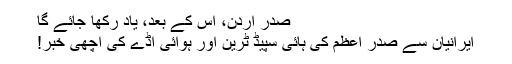
صدر اردن، اس کے بعد، یاد رکھا جائے گا
ایرانیان سے صدر اعظم کی ہائی سپیڈ ٹرین اور ہوائی اڈے کی اچھی خبر!